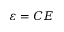
\varepsilon = C E